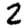
Digit: 2